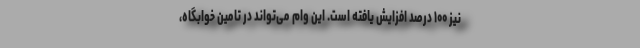
نیز ۱۰۰ درصد افزایش یافته است. این وام می‌تواند در تامین خوابگاه،